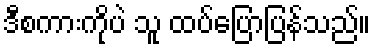
ဒီစကားကိုပဲ သူ ထပ်ပြောပြန်သည်။